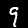
Label: 9